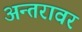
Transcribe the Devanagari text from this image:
अन्तरावर